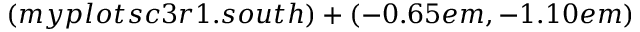
( m y p l o t s c 3 r 1 . s o u t h ) + ( - 0 . 6 5 e m , - 1 . 1 0 e m )